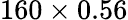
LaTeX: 160\times 0.56